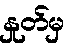
နှုတ်မှ